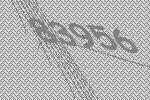
83956